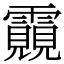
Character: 䨳